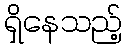
ရှိနေသည့်